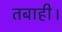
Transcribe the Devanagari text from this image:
तबाही।